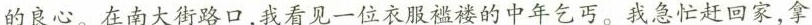
的良心。在南大街路口，我看见一位衣服祖楼的中年乞丐。我急忙赶回家，拿